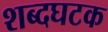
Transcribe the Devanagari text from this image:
शब्दघटक